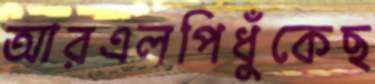
আরএলপিধুঁকেছ